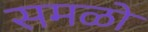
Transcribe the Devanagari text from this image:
समळो